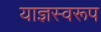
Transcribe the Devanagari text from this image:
याज्ञस्वरूप